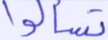
تسألوا